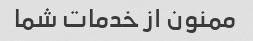
ممنون از خدمات شما